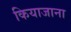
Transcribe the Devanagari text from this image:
कियाजाना